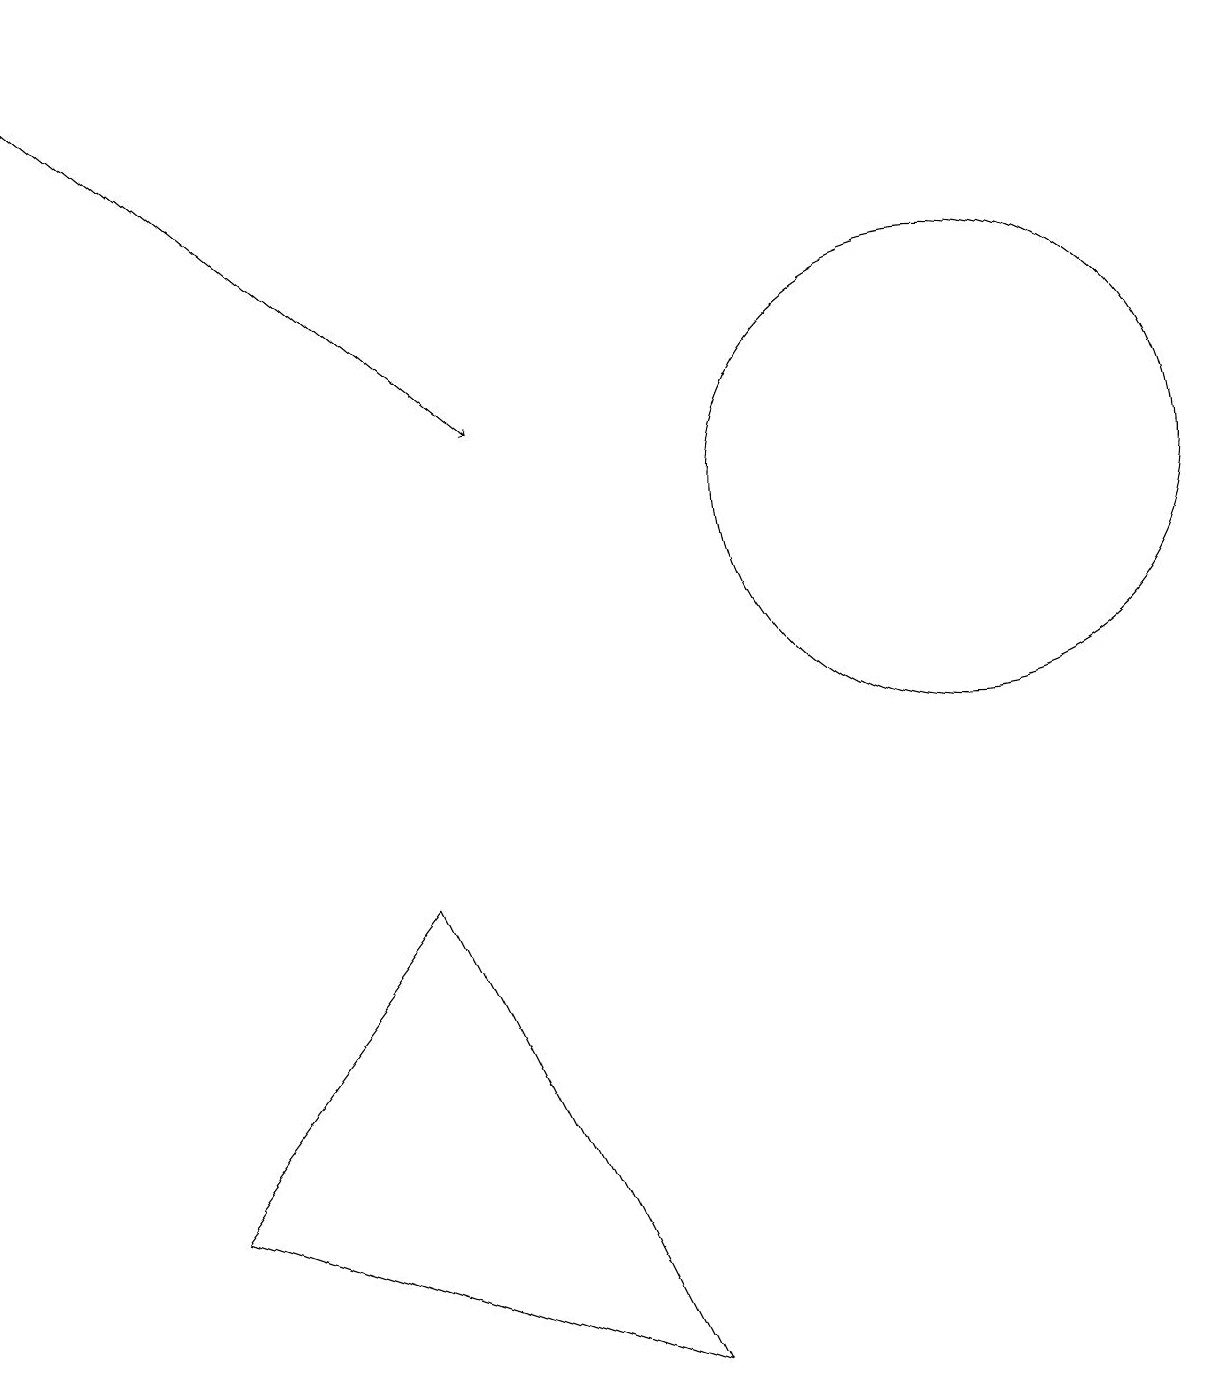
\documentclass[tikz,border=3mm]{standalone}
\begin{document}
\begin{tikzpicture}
\draw (5,6) -- (2,2) -- (8,0) -- cycle;
\draw[->] (0,17) -- (6,12);
\draw (12,11) circle (3);
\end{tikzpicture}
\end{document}